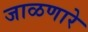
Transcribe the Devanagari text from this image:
जाळणारे